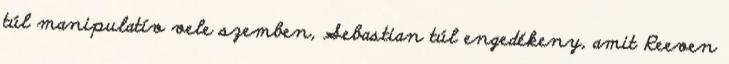
túl manipulatív vele szemben, Sebastian túl engedékeny, amit Reeven